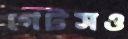
গেটসও